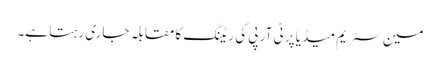
مین سٹریم میڈیا پر ٹی آر پی کی ریٹنگ کا مقابلہ جاری رہتا ہے۔